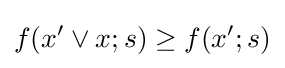
f(x'\vee x;s)\geq f(x';s)